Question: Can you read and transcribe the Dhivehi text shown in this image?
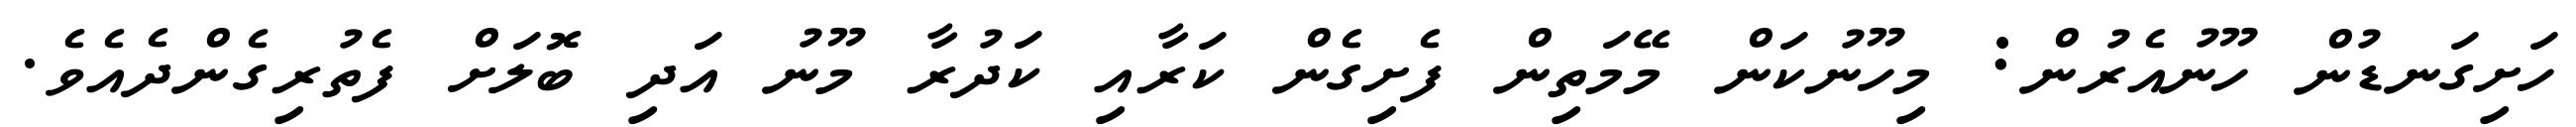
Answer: ހަށިގަނޑުން ހޫނުއެރުން: މިހޫނުކަން މޭމަތިން ފެށިގެން ކަރާއި ކަދުރާ މޫނު އަދި ބޮލަށް ފެތުރިގެންދެއެވެ.